Lunatic asylums Central Provinces reports 1886-1894 - 1886-1894
Year: 1886
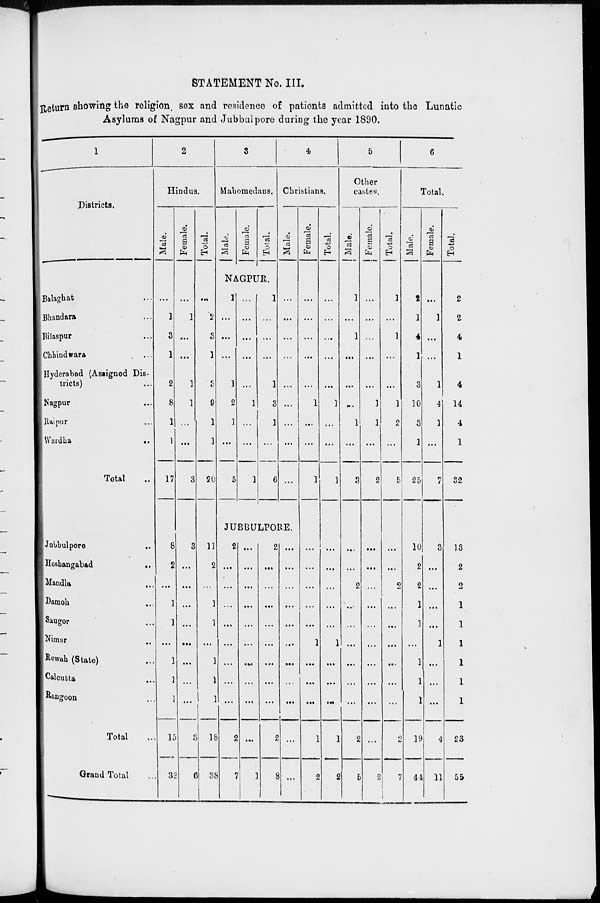
STATEMENT No. III.
Return showing the religion, sex and residence of patients admitted into the Lunatic
Asylums of Nagpur and Jubbulpore during the year 1890.
1
Districts.
Balaghat ...
Bhandara ...
Bilaspur ...
Chhindwara ...
Hyderabad (Assigned Dis-
tricts) ...
Nagpur ...
Raipur ...
Wardha
...
Total ...
Jubbulpore ...
Hoshangabad
...
Mandla ...
Damoh ...
Saugor ...
Nimar ...
Rewah (State) ...
Calcutta ...
Rangoon ...
Total ...
Grand Total ...
2
Hindus.
Male.
...
1
3
1
2
8
1
1
17
8
2
...
1
1
...
1
1
1
15
32
Female.
...
1
...
...
1
1
...
...
3
3
...
...
...
...
...
...
...
...
3
6
Total.
...
2
3
1
3
9
1
1
20
11
2
...
1
1
...
1
1
1
18
38
3
Mahomedans.
Male.
Female.
Total.
NAGPUR.
1
...
...
...
1
2
1
...
5
...
...
...
...
...
1
...
...
1
1
...
...
...
1
3
1
...
6
4
Christians.
Male.
...
...
...
...
...
...
...
...
...
JUBBULPORE.
2
...
...
...
...
...
...
...
...
2
7
...
...
...
...
...
...
...
...
...
...
1
2
...
...
...
...
...
...
...
...
2
8
...
...
...
...
...
...
...
...
...
...
...
Female.
...
...
...
...
...
1
...
...
1
...
...
...
...
...
1
...
...
...
1
2
Total.
...
...
...
...
...
1
...
...
1
...
...
...
...
...
1
...
...
...
1
2
5
Other
castes.
Male.
1
...
1
...
...
...
1
...
3
...
...
2
...
...
...
...
...
...
2
5
Female.
...
...
...
...
...
1
1
...
2
...
...
...
...
...
...
...
...
...
...
2
Total.
1
...
1
...
...
1
2
...
5
...
...
2
...
...
...
...
...
...
2
7
6
Total.
Male.
2
1
4
1
3
10
3
1
25
10
2
2
1
1
...
1
1
1
19
44
Female.
...
1
...
...
1
4
1
...
7
3
...
...
...
...
1
...
...
...
4
11
Total.
2
2
4
1
4
14
4
1
32
13
2
2
1
1
1
1
1
1
23
55